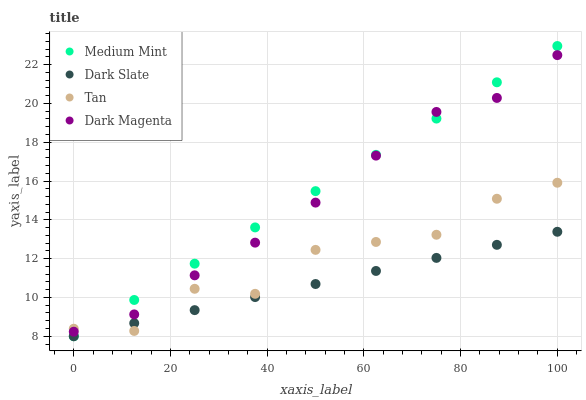
| xaxis_label | Medium Mint | Dark Slate | Tan | Dark Magenta |
 | --- | --- | --- | --- | --- |
 | 0 | 8 | 8 | 8.39 | 8.23 |
 | 12.5 | 9.87 | 8.67 | 8.27 | 9.13 |
 | 25 | 11.7 | 9.35 | 10.4 | 11.1 |
 | 37.5 | 13.6 | 10 | 10.2 | 12.8 |
 | 50 | 15.5 | 10.7 | 12.5 | 14.9 |
 | 62.5 | 17.3 | 11.4 | 12.9 | 17.3 |
 | 75 | 19.2 | 12 | 13.2 | 19.6 |
 | 87.5 | 21.1 | 12.7 | 15.1 | 20.3 |
 | 100 | 23 | 13.4 | 15.9 | 22.5 |